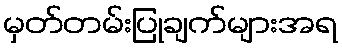
မှတ်တမ်းပြုချက်များအရ